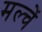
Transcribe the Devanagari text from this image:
मल्चें